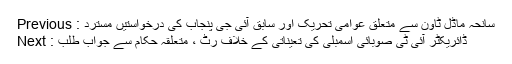
Previous : سانحہ ماڈل ٹاون سے متعلق عوامی تحریک اور سابق آئی جی پنجاب کی درخواستیں مسترد
Next : ڈائریکٹر آئی ٹی صوبائی اسمبلی کی تعیناتی کے خلاف رٹ ، متعلقہ حکام سے جواب طلب